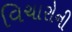
વિચારોની